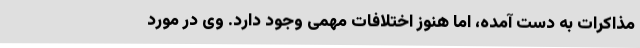
مذاکرات به دست آمده، اما هنوز اختلافات مهمی وجود دارد. وی در مورد